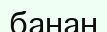
банан